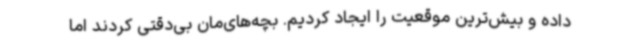
داده و بیش‌ترین موقعیت را ایجاد کردیم. بچه‌های‌مان بی‌دقتی کردند اما